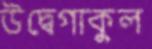
উদ্বেগাকুল